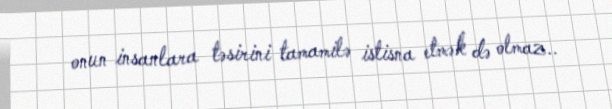
onun insanlara təsirini tamamilə istisna etmək də olmaz..